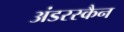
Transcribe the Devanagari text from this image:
अंडरस्कैन